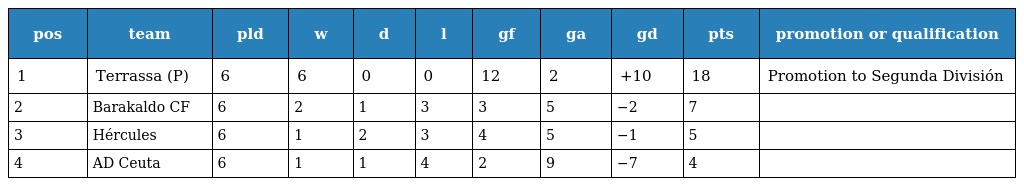
| pos | team | pld | w | d | l | gf | ga | gd | pts | promotion or qualification |
 | --- | --- | --- | --- | --- | --- | --- | --- | --- | --- | --- |
 | 1 | Terrassa (P) | 6 | 6 | 0 | 0 | 12 | 2 | +10 | 18 | Promotion to Segunda División |
 | 2 | Barakaldo CF | 6 | 2 | 1 | 3 | 3 | 5 | −2 | 7 |  |
 | 3 | Hércules | 6 | 1 | 2 | 3 | 4 | 5 | −1 | 5 |  |
 | 4 | AD Ceuta | 6 | 1 | 1 | 4 | 2 | 9 | −7 | 4 |  |